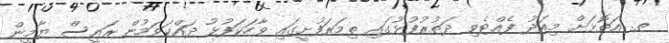
ތ. އަތޮޅަށް މިއަދު ފެއްޓެވި ދަތުރުފުޅުގައި ތިމަރަފުށީގައި ވާހަކަފުޅު ދައްކަވަމުން ރައީސް ޔާމީން